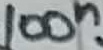
Text: 100n